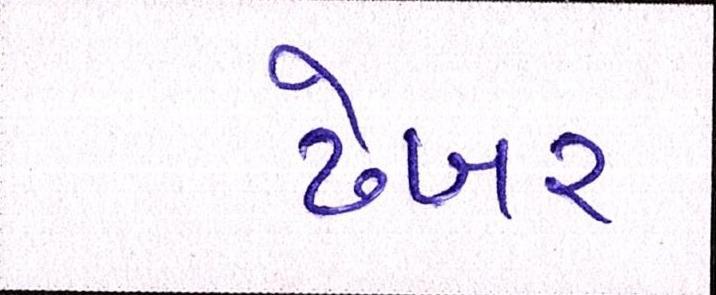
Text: ઢેબર